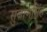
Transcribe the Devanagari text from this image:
सुजाणसिंह